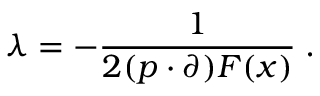
\lambda = - \frac { 1 } { 2 ( p \cdot \partial ) F ( x ) } \; .